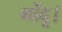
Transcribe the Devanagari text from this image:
भोंदू।